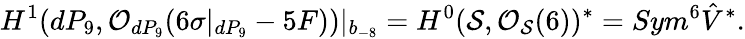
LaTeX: H^{1}(dP_{9},{\cal O}_{dP_{9}}(6\sigma|_{dP_{9}}-5F))|_{b_{-8}}=H^{0}({\cal S},{\cal O}_{{\cal S}}(6))^{*}=Sym^{6}\hat{V}^{*}.